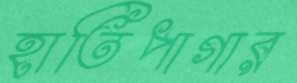
হাতিপাগার